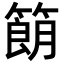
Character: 𬕨